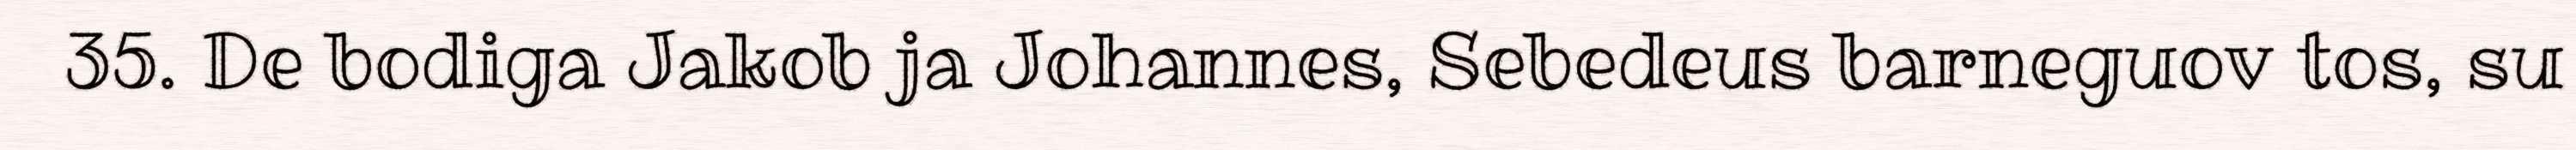
35. De bodiga Jakob ja Johannes, Sebedeus barneguov tos, su